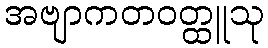
အဗျာကတဝတ္ထူသု